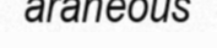
araneous